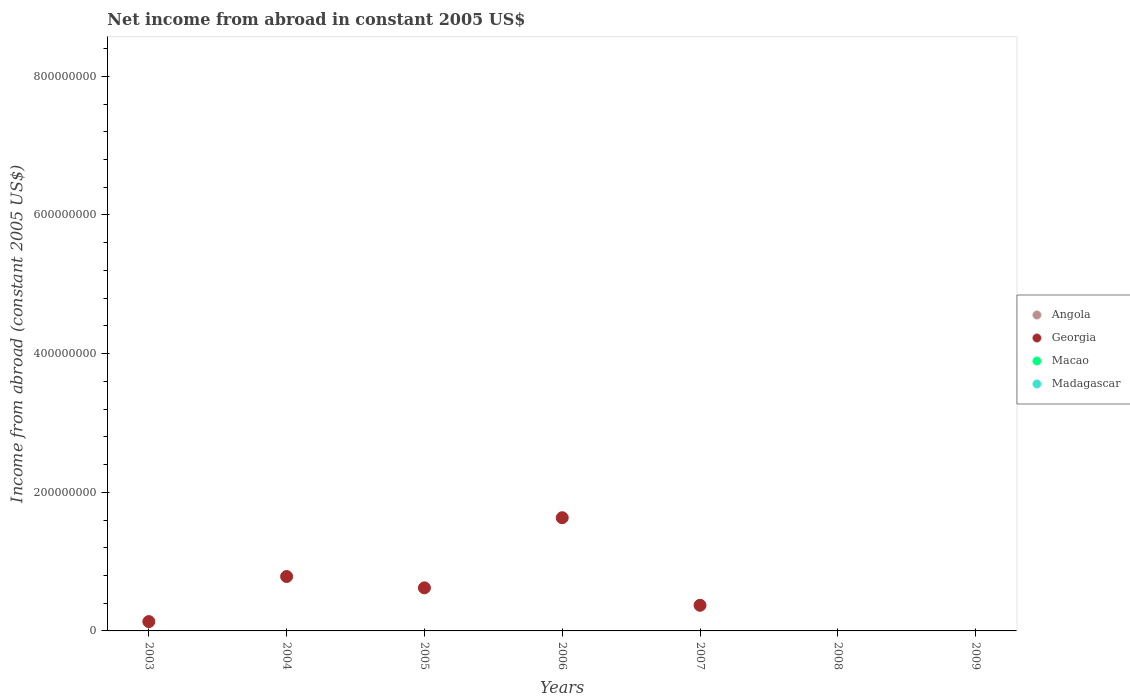
| Years | Angola | Georgia | Macao | Madagascar |
 | --- | --- | --- | --- | --- |
 | 2003 | -1.73e+09 | 1.35e+07 | -1.42e+08 | -7.97e+07 |
 | 2004 | -2.49e+09 | 7.85e+07 | -5.46e+08 | -7.92e+07 |
 | 2005 | -4.03e+09 | 6.21e+07 | -7.52e+08 | -7.94e+07 |
 | 2006 | -6.18e+09 | 1.63e+08 | -1.48e+09 | -8e+07 |
 | 2007 | -7.6e+09 | 3.7e+07 | -2.39e+07 | -5.63e+07 |
 | 2008 | -1.37e+10 | -1.19e+08 | -2.15e+09 | -5.01e+07 |
 | 2009 | -6.82e+09 | -4.17e+07 | -1.88e+09 | -9.15e+07 |